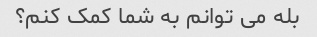
بله می توانم به شما کمک کنم؟